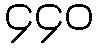
၄၄၀